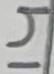
Text: 14